Leningradi_Edasi_toimetus, lk 194
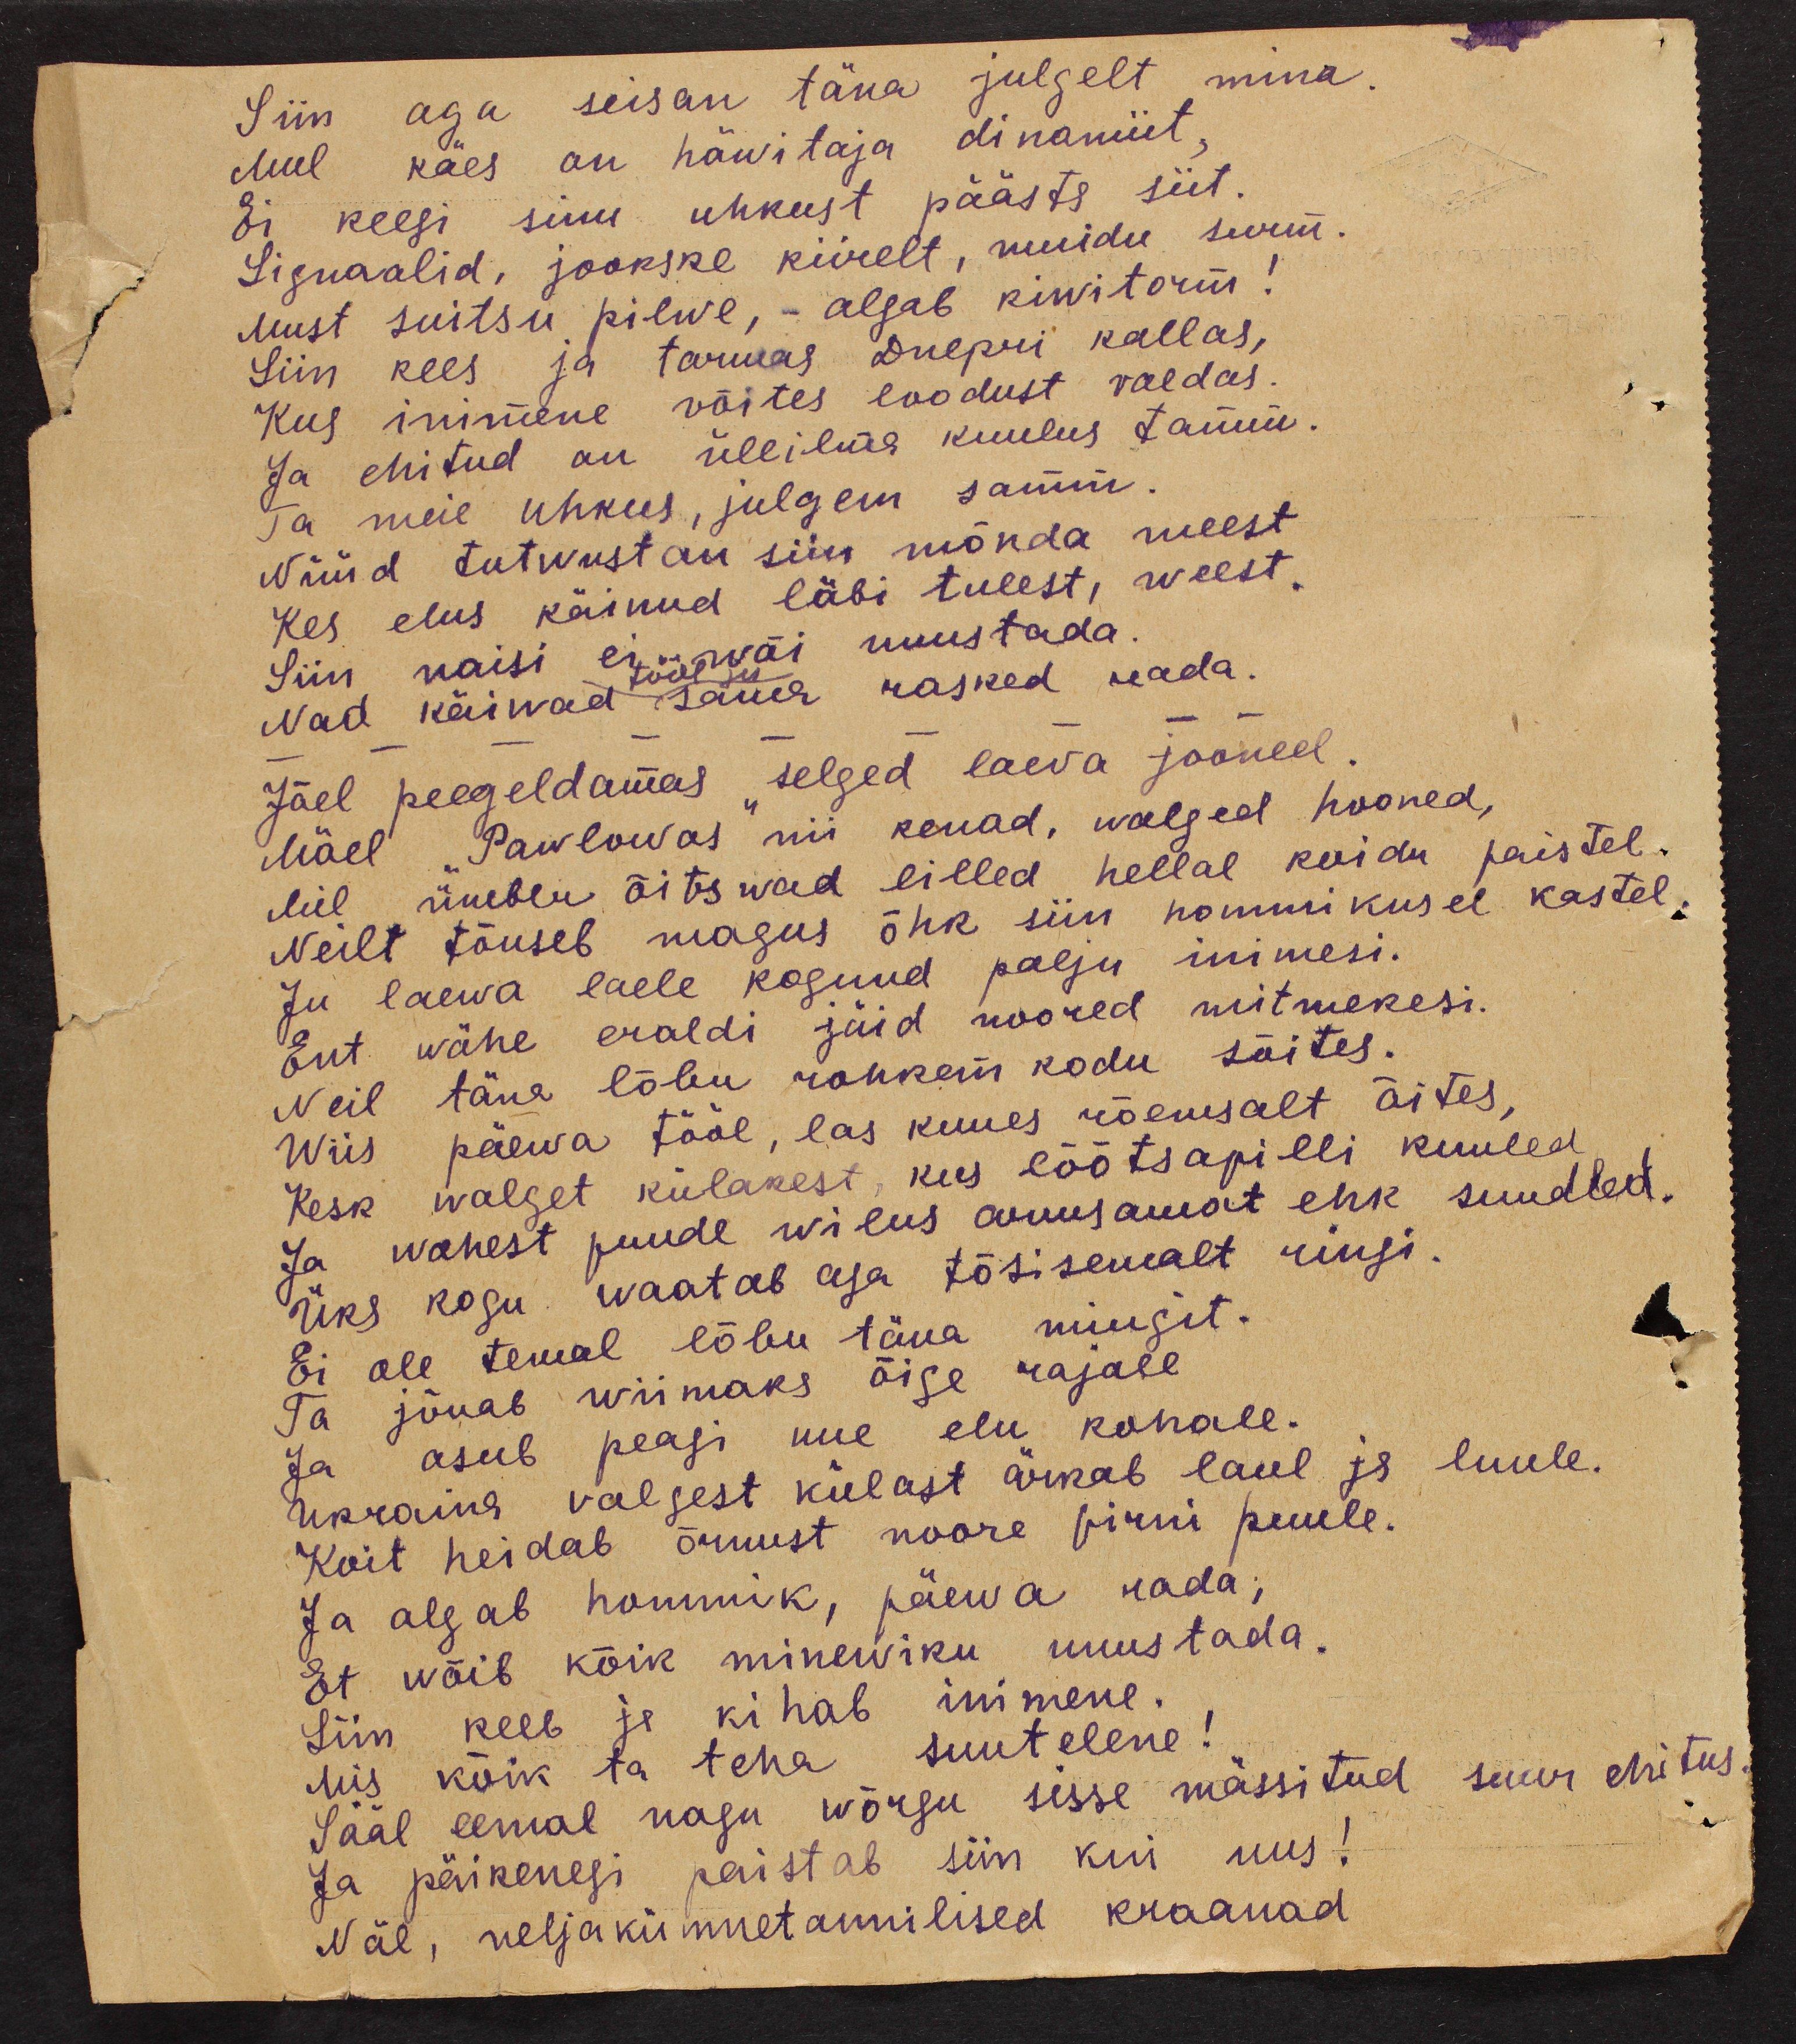
Siin aga seisan täna julgelt mina.
Mul käes on häwitaja dinamiit,
Ei keegi sinu uhkust päästa siit.
Signaalid, jookske kiirelt, muidu surm.
Must suitsu pilwe, - algab kiwitorm.
Siin kees ja tormas Dnepri kallas,
Kus inimene võites loodust valdas.
Ja ehitud on üllilma kuulus tamm.
Ta meie uhkus, julgem samm.
Nüüd tutvustan siin mõnda meest
Kes elus käinud läbi tulest, weest.
Siin naisi ei wõi unustada
tööl ju
Nad käiwad sama rasked rada.
Jõel peegeldamas selged laeva jooned
Mäel Pawlowas nii kenad, walged hooned,
Mil ümber õitsvad lilled hellal koidu paistel.
Neilt tõuseb magus õhk siin hommikusel kastel,
Ju laewa laele kogund palju inimesi.
Ent wähe eraldi jäid noored mitmekesi.
Neil täna lõbu rohkem kodu sõites.
Wiis päewa tööl, las kuues rõemsalt õites,
Kesk walget külakest, kus lõõtsapilli kuuled
Ja wahest puude wilus armsamat ehk suudled.
Üks kogu waatab aja tõsisemalt ringi.
Ei ole temal lõbu täna mingit.
Ta jõuab wiimaks õige rajale
Ja asub peagi uue elu kohale.
Ukraina valgest külast ärkab laul ja luule.
Koit heidab õrnust noore pirni puule.
Ja algab hommik, päewa rada;
Et wõib kõik minewiku unustada.
Siin keeb ja kihab inimene.
mis kõik ta teha suutelene!
Sääl eemal nagu wõrgu sisse mässitud suur ehitus
Ja päikenegi paistab siin kui uus!
Näe, neljakümnetonnilised kraanad